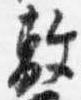
敷